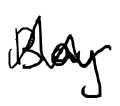
Text: Bay
Cross-out: zig-zag
Writing tool: digital_black